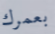
بعمرك